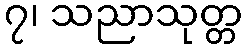
၇၊ သညာသုတ္တ